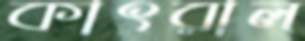
কাৎরাল